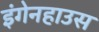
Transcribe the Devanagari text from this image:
इंगेनहाउस